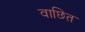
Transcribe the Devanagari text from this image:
वाछित